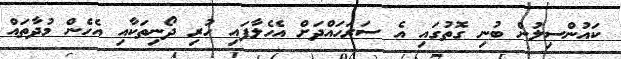
ކައުންސިލުން ބުނި ގޮތުގައި އެ ސަރަހައްދަށް އެހެލާފައި ހުރި ދޯނިތަކާއި އެހެން މުދާތައް